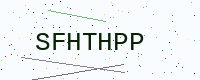
Text: SFHTHPP